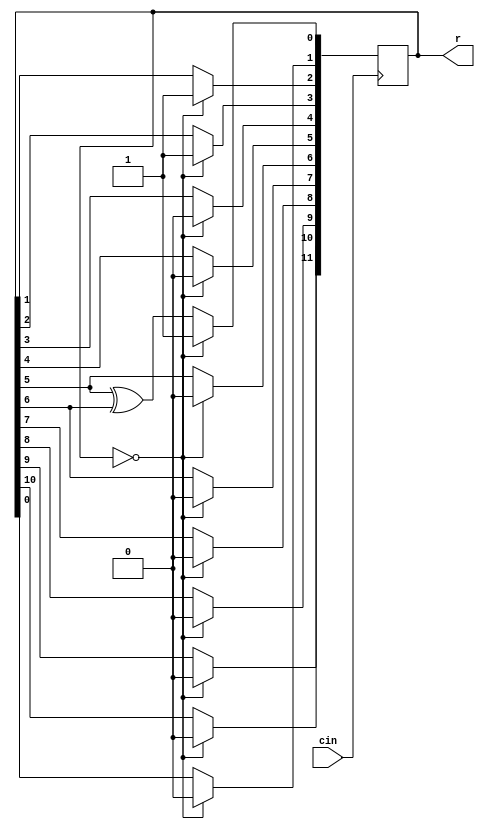
module linearshiftR(cin,r);
	
	input cin;
	output reg [11:0]r;
	
	
	initial
		r = 12'b010010101101;
	
	
	always@(posedge cin) 
	
	begin
		if (r == 12'b000000000000)
			r[11:0] <= 12'b000000001101;
		
		else 
		
		begin
			r[11] <= r[10];
			r[10] <= r[9];
			r[9] <= r[8];
			r[8] <= r[7];
			r[7] <= r[6];
			r[6] <= r[5];
			r[5] <= r[4];
			r[4] <= r[3];
			r[3] <= r[2];
			r[2] <= r[1];
			r[1] <= r[0];
			r[0] <= r[5]^r[6];
			
		end
	end
	

endmodule